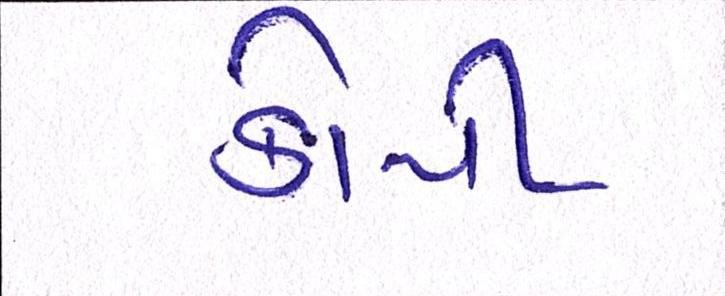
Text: કોપી